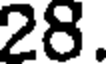
28.